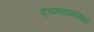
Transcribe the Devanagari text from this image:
वृत्तमाध्यमांमध्ये